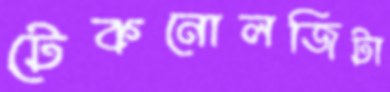
টেকনোলজিটা